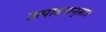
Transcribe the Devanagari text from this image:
उत्पादनानुसार